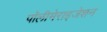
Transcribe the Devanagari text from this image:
पॉलीमेराइजेशन